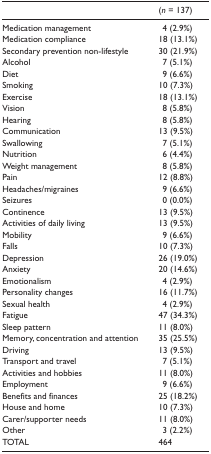
|  | (n = 137) |
 | --- | --- |
 | Medication management | 4 (2.9%) |
 | Medication compliance | 18 (13.1%) |
 | Secondary prevention non-lifestyle | 30 (21.9%) |
 | Alcohol | 7 (5.1%) |
 | Diet | 9 (6.6%) |
 | Smoking | 10 (7.3%) |
 | Exercise | 18 (13.1%) |
 | Vision | 8 (5.8%) |
 | Hearing | 8 (5.8%) |
 | Communication | 13 (9.5%) |
 | Swallowing | 7 (5.1%) |
 | Nutrition | 6 (4.4%) |
 | Weight management | 8 (5.8%) |
 | Pain | 12 (8.8%) |
 | Headaches/migraines | 9 (6.6%) |
 | Seizures | 0 (0.0%) |
 | Continence | 13 (9.5%) |
 | Activities of daily living | 13 (9.5%) |
 | Mobility | 9 (6.6%) |
 | Falls | 10 (7.3%) |
 | Depression | 26 (19.0%) |
 | Anxiety | 20 (14.6%) |
 | Emotionalism | 4 (2.9%) |
 | Personality changes | 16 (11.7%) |
 | Sexual health | 4 (2.9%) |
 | Fatigue | 47 (34.3%) |
 | Sleep pattern | 11 (8.0%) |
 | Memory, concentration and attention | 35 (25.5%) |
 | Driving | 13 (9.5%) |
 | Transport and travel | 7 (5.1%) |
 | Activities and hobbies | 11 (8.0%) |
 | Employment | 9 (6.6%) |
 | Benefits and finances | 25 (18.2%) |
 | House and home | 10 (7.3%) |
 | Carer/supporter needs | 11 (8.0%) |
 | Other | 3 (2.2%) |
 | TOTAL | 464 |